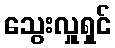
သွေးလှူရှင်